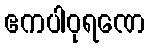
ဧကပါဝုရဏေ